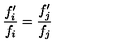
\frac { f _ { i } ^ { \prime } } { f _ { i } } = \frac { f _ { j } ^ { \prime } } { f _ { j } }